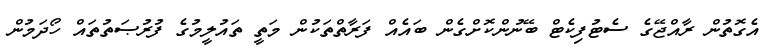
އެގޮތުން ރާއްޖޭގެ ސެޓުފިކެޓް ބޭނުންކޮށްގެން ބައެއް ފަރާތްތަކުން މަތީ ތައުލީމުގެ ފުރުޞަތުތައް ހޯދަމުން